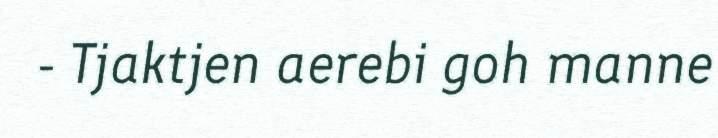
- Tjaktjen aerebi goh manne